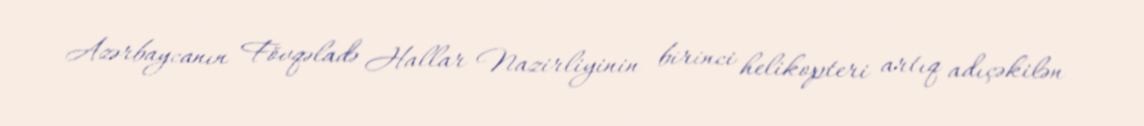
Azərbaycanın Fövqəladə Hallar Nazirliyinin birinci helikopteri artıq adıçəkilən